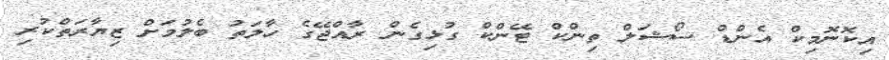
އިކޮނޮމިކް އެންޑް ސޯޝަލް ތިންކް ޓޭންކް ގުޅިގެން ރާއްޖޭގެ ހާލަތު ބެލުމަށް ޒިޔާރަތްކުރި